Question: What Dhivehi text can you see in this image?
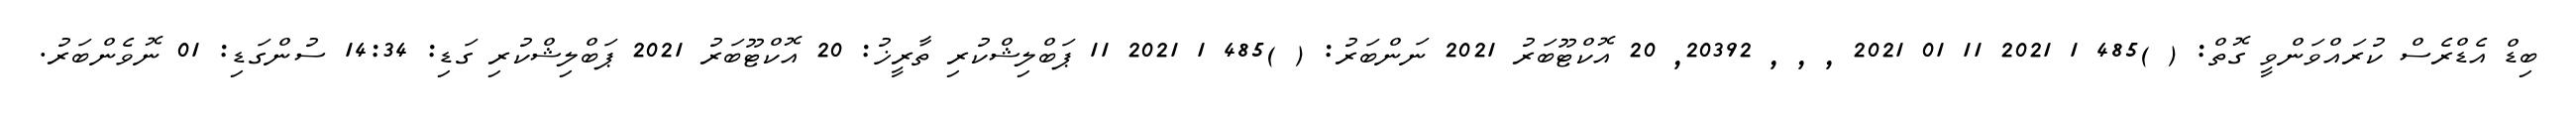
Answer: ބިޑް އެޑްރެސް ކުރައްވަންވީ ގޮތް: ( )485 1 2021 11 01 2021 , , , 20392, 20 އޮކްޓޫބަރު 2021 ނަންބަރު: ( )485 1 2021 11 ޕަބްލިޝްކުރި ތާރީޚު: 20 އޮކްޓޫބަރު 2021 ޕަބްލިޝްކުރި ގަޑި: 14:34 ސުންގަޑި: 01 ނޮވެންބަރު.